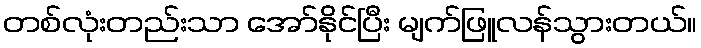
တစ်လုံးတည်းသာ အော်နိုင်ပြီး မျက်ဖြူလန်သွားတယ်။